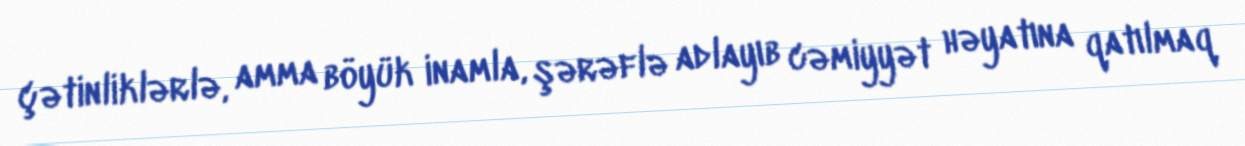
çətinliklərlə, amma böyük inamla, şərəflə adlayıb cəmiyyət həyatına qatılmaq